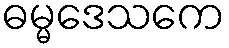
ဓမ္မဒေသကေ